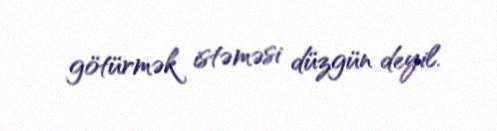
götürmək istəməsi düzgün deyil.